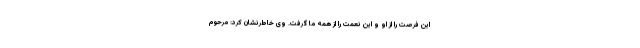
این فرصت را از او و این نعمت را از همه ما گرفت. وی خاطرنشان کرد: مرحوم